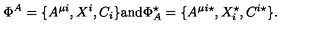
\Phi ^ { A } = \{ A ^ { \mu i } , X ^ { i } , C _ { i } \} \mathrm { a n d } \Phi _ { A } ^ { \star } = \{ A ^ { \mu i \star } , X _ { i } ^ { \star } , C ^ { i \star } \} .